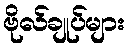
ဗိုလ်ချုပ်များ